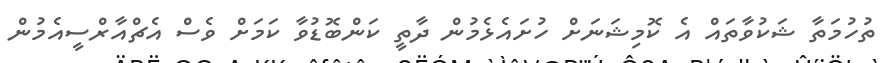
ތުހުމަތާ ޝަކުވާތައް އެ ކޮމިޝަނަށް ހުށައެޅެމުން ދާތީ ކަންބޮޑުވާ ކަމަށް ވެސް އެޗްއާރްސީއެމުން